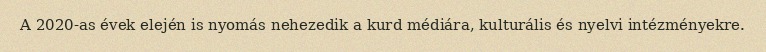
A 2020-as évek elején is nyomás nehezedik a kurd médiára, kulturális és nyelvi intézményekre.